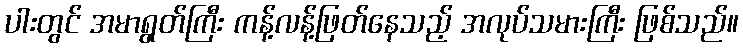
ပါးတွင် အမာရွတ်ကြီး ကန့်လန့်ဖြတ်နေသည့် အလုပ်သမားကြီး ဖြစ်သည်။